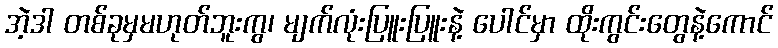
အဲ့ဒါ တစ်ခုမှမဟုတ်ဘူးကွ၊ မျက်လုံးပြူးပြူးနဲ့ ပေါင်မှာ ထိုးကွင်းတွေနဲ့ကောင်